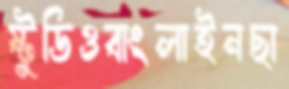
ষ্টুডিওবাংলাইনছা